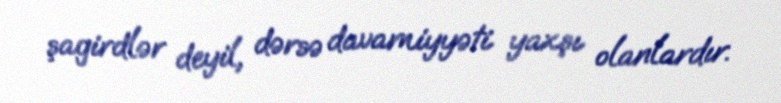
şagirdlər deyil, dərsə davamiyyəti yaxşı olanlardır.